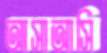
আসাআসি